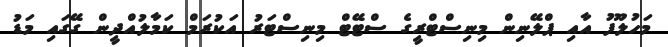
މަހުލޫފު އާއި ޕްލޭނިން މިނިސްޓްރީގެ ސްޓޭޓް މިނިސްޓަރު އަކުރަމް ކަމާލުއްދީން ގޭގައި މަޑު